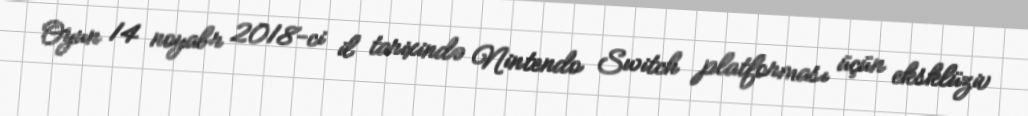
Oyun 14 noyabr 2018-ci il tarixində Nintendo Switch platforması üçün eksklüziv